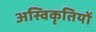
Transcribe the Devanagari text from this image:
अस्विकृतियों